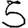
Digit: 5